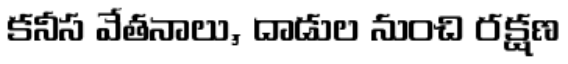
కనీస వేతనాలు, దాడుల నుంచి రక్షణ